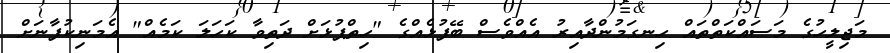
މަޖިލީހުގެ މަސައްކަތްތައް ހިނގަމުންދާއިރު އެއްވެސް ބޭފުޅެއްގެ "ހިތްޕުޅަށް ދަތިވާ ކަހަލަ ކަމެއް" އެމަނިކުފާނަށް